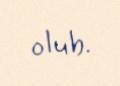
olub.